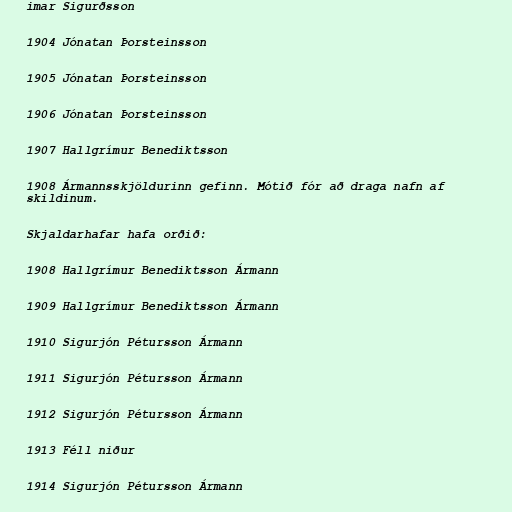
imar Sigurðsson

1904 Jónatan Þorsteinsson

1905 Jónatan Þorsteinsson

1906 Jónatan Þorsteinsson

1907 Hallgrímur Benediktsson

1908 Ármannsskjöldurinn gefinn. Mótið fór að draga nafn af
skildinum.

Skjaldarhafar hafa orðið:

1908 Hallgrímur Benediktsson Ármann

1909 Hallgrímur Benediktsson Ármann

1910 Sigurjón Pétursson Ármann

1911 Sigurjón Pétursson Ármann

1912 Sigurjón Pétursson Ármann

1913 Féll niður

1914 Sigurjón Pétursson Ármann